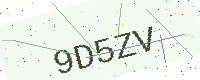
Text: 9D5ZV